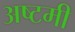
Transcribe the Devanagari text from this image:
अष्‍टमी